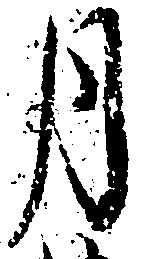
月